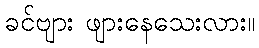
ခင်ဗျား ဖျားနေသေးလား။